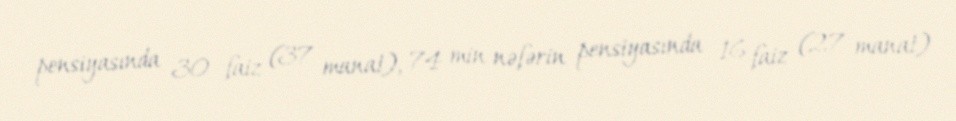
pensiyasında 30 faiz (37 manat), 74 min nəfərin pensiyasında 16 faiz (27 manat)